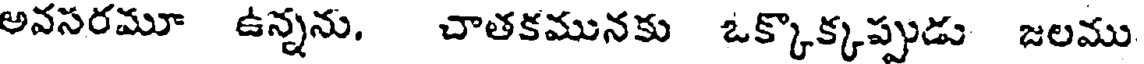
అవసరమూ ఉన్నను. చాతకమునకు ఒక్కొక్కప్పుడు జలము